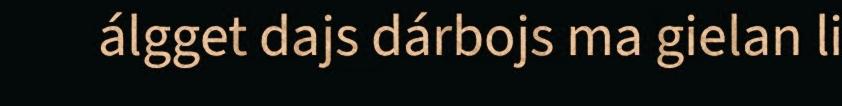
álgget dajs dárbojs ma gielan li